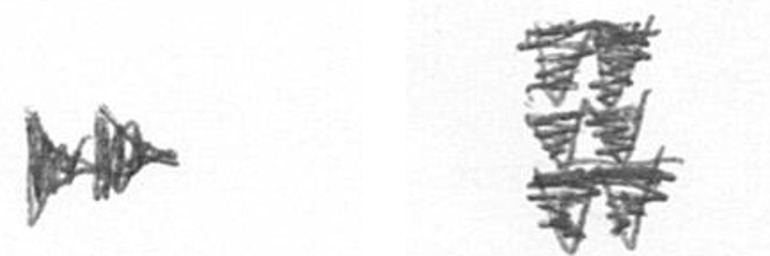
A Y